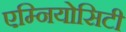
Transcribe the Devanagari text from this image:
एम्नियोसिटी